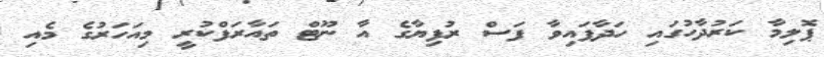
ޕޮލިމާ ކަރުދާހުގައި ހަދާފައިވާ ފަސް ރުފިޔާގެ އާ ނޫޓް ތައާރަފްކުރީ މިއަހަރުގެ މެއި